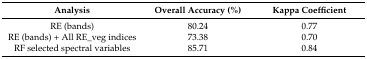
<table><thead><tr><td><b>Analysis</b></td><td><b>Overall Accuracy (%)</b></td><td><b>Kappa Coefficient</b></td></tr></thead><tbody><tr><td>RE (bands)</td><td>80.24</td><td>0.77</td></tr><tr><td>RE (bands) + All RE_veg indices</td><td>73.38</td><td>0.70</td></tr><tr><td>RF selected spectral variables</td><td>85.71</td><td>0.84</td></tr></tbody></table>